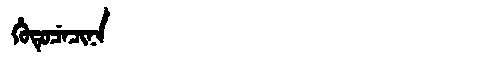
Manchu: ᡥᡠᡨᡠᠴᡝᠴᡳᠨᠠ
Romanization: HUTUCECINA